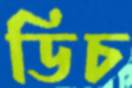
ডিচ